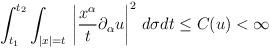
LaTeX: \begin{align*}\int_{t_1}^{t_2}\int_{|x|=t}\,\left|\frac{x^{\alpha}}{t}\partial_{\alpha} u\right|^2\,d\sigma dt\leq C(u)<\infty\end{align*}